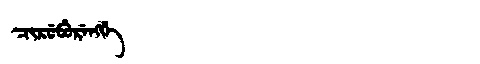
Manchu: ᠴᡳᡵᡠᠪᡠᡵᡝᠩᡤᡝ
Romanization: CIRUBURENGGE